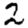
Digit: 2